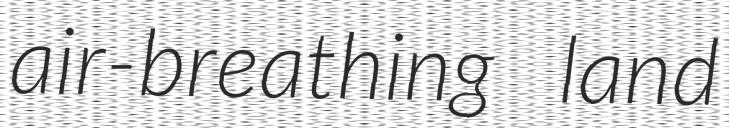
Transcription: air-breathing land